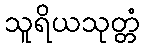
သူရိယသုတ္တံ